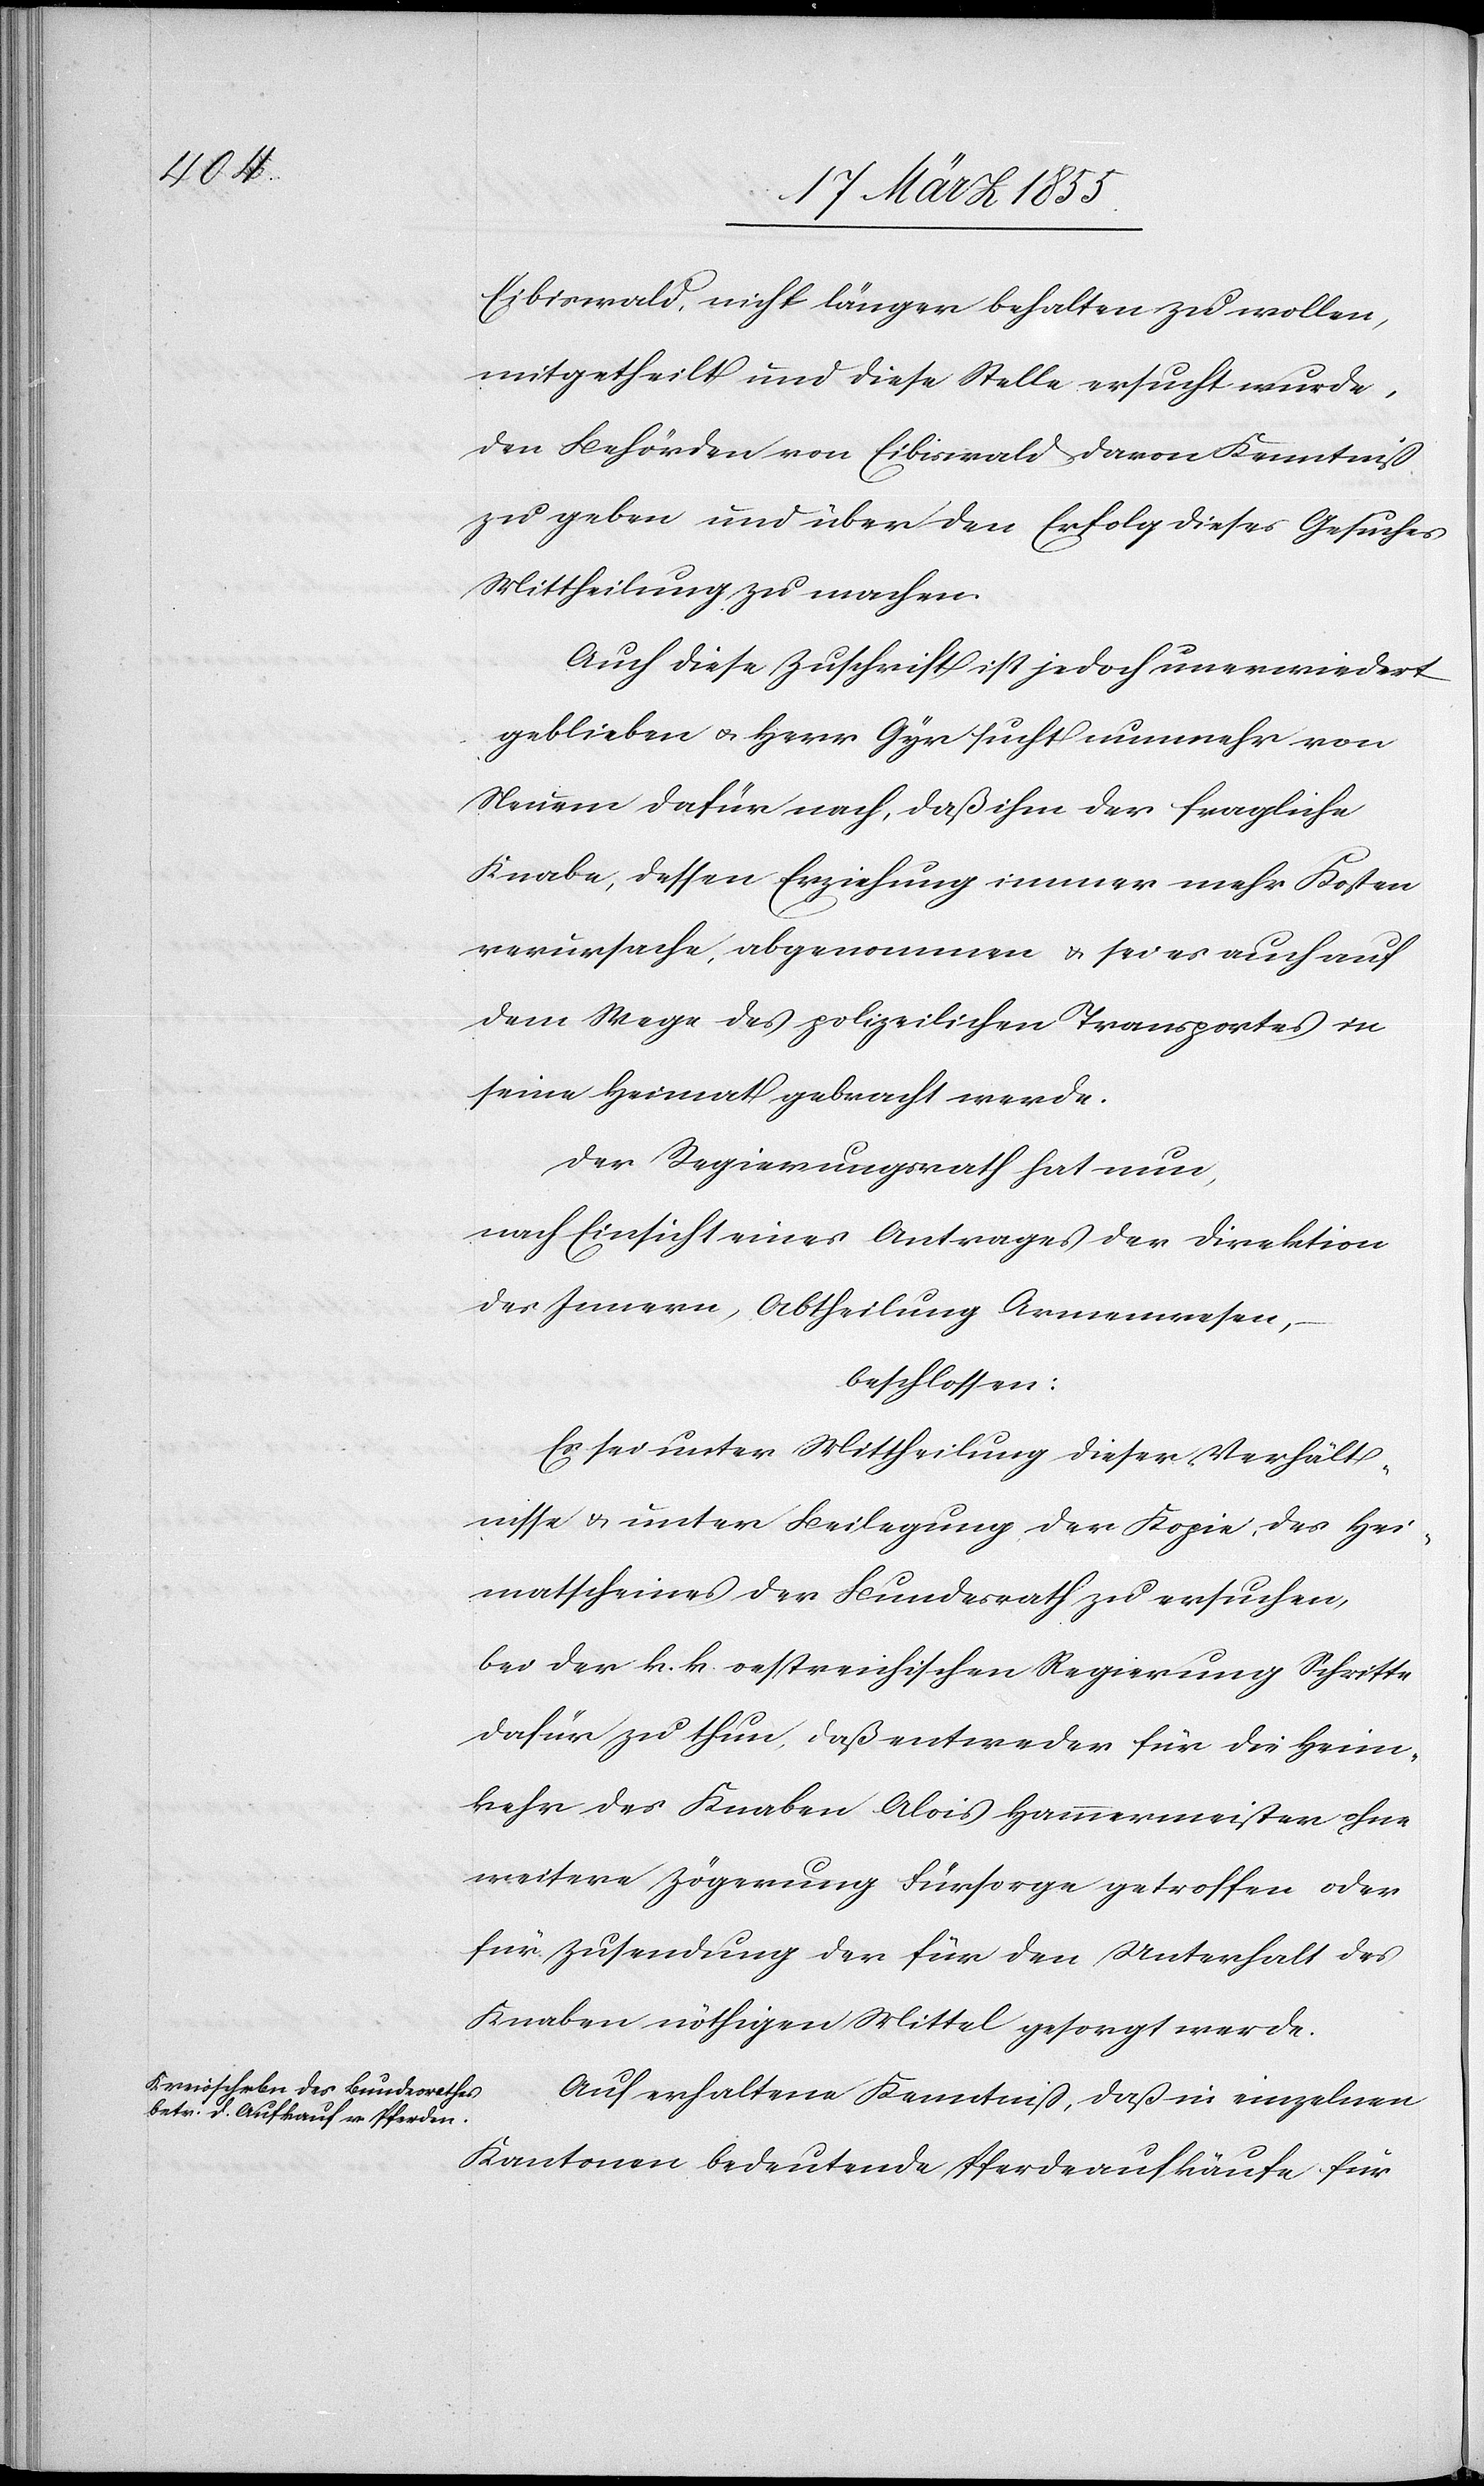
Eibiswald, nicht länger behalten zu wollen,
mitgetheilt und diese Stelle ersucht wurde,
den Behörden von Eibiswald davon Kenntniß
zu geben und über den Erfolg dieses Gesuches
Mittheilung zu machen.
Auch diese Zuschrift ist jedoch unerwiedert
geblieben & Herr Gyr sucht nunmehr von
Neuem dafür nach, daß ihm der fragliche
Knabe, dessen Erziehung immer mehr Kosten
verursache, abgenommen & sei es auch auf
dem Wege des polizeilichen Transportes in
seine Heimat gebracht werde.
Der Regierungsrath hat nun,
nach Einsicht eines Antrages der Direktion
des Innern, Abtheilung Armenwesen,
beschlossen:
Es sei unter Mittheilung dieser Verhält¬
nisse & unter Beilegung der Kopie des Hei¬
matscheines der Bundesrath zu ersuchen,
bei der k. k. oestreichischen Regierung Schritte
dafür zu thun, daß entweder für die Heim¬
kehr des Knaben Alois Hammermeister ohne
weitere Zögerung Fürsorge getroffen oder
für Zusendung der für den Unterhalt des
Knaben nöthigen Mittel gesorgt werde.
Auf erhaltene Kenntniß, daß in einzelnen
Kantonen bedeutende Pferdeaufkäufe für